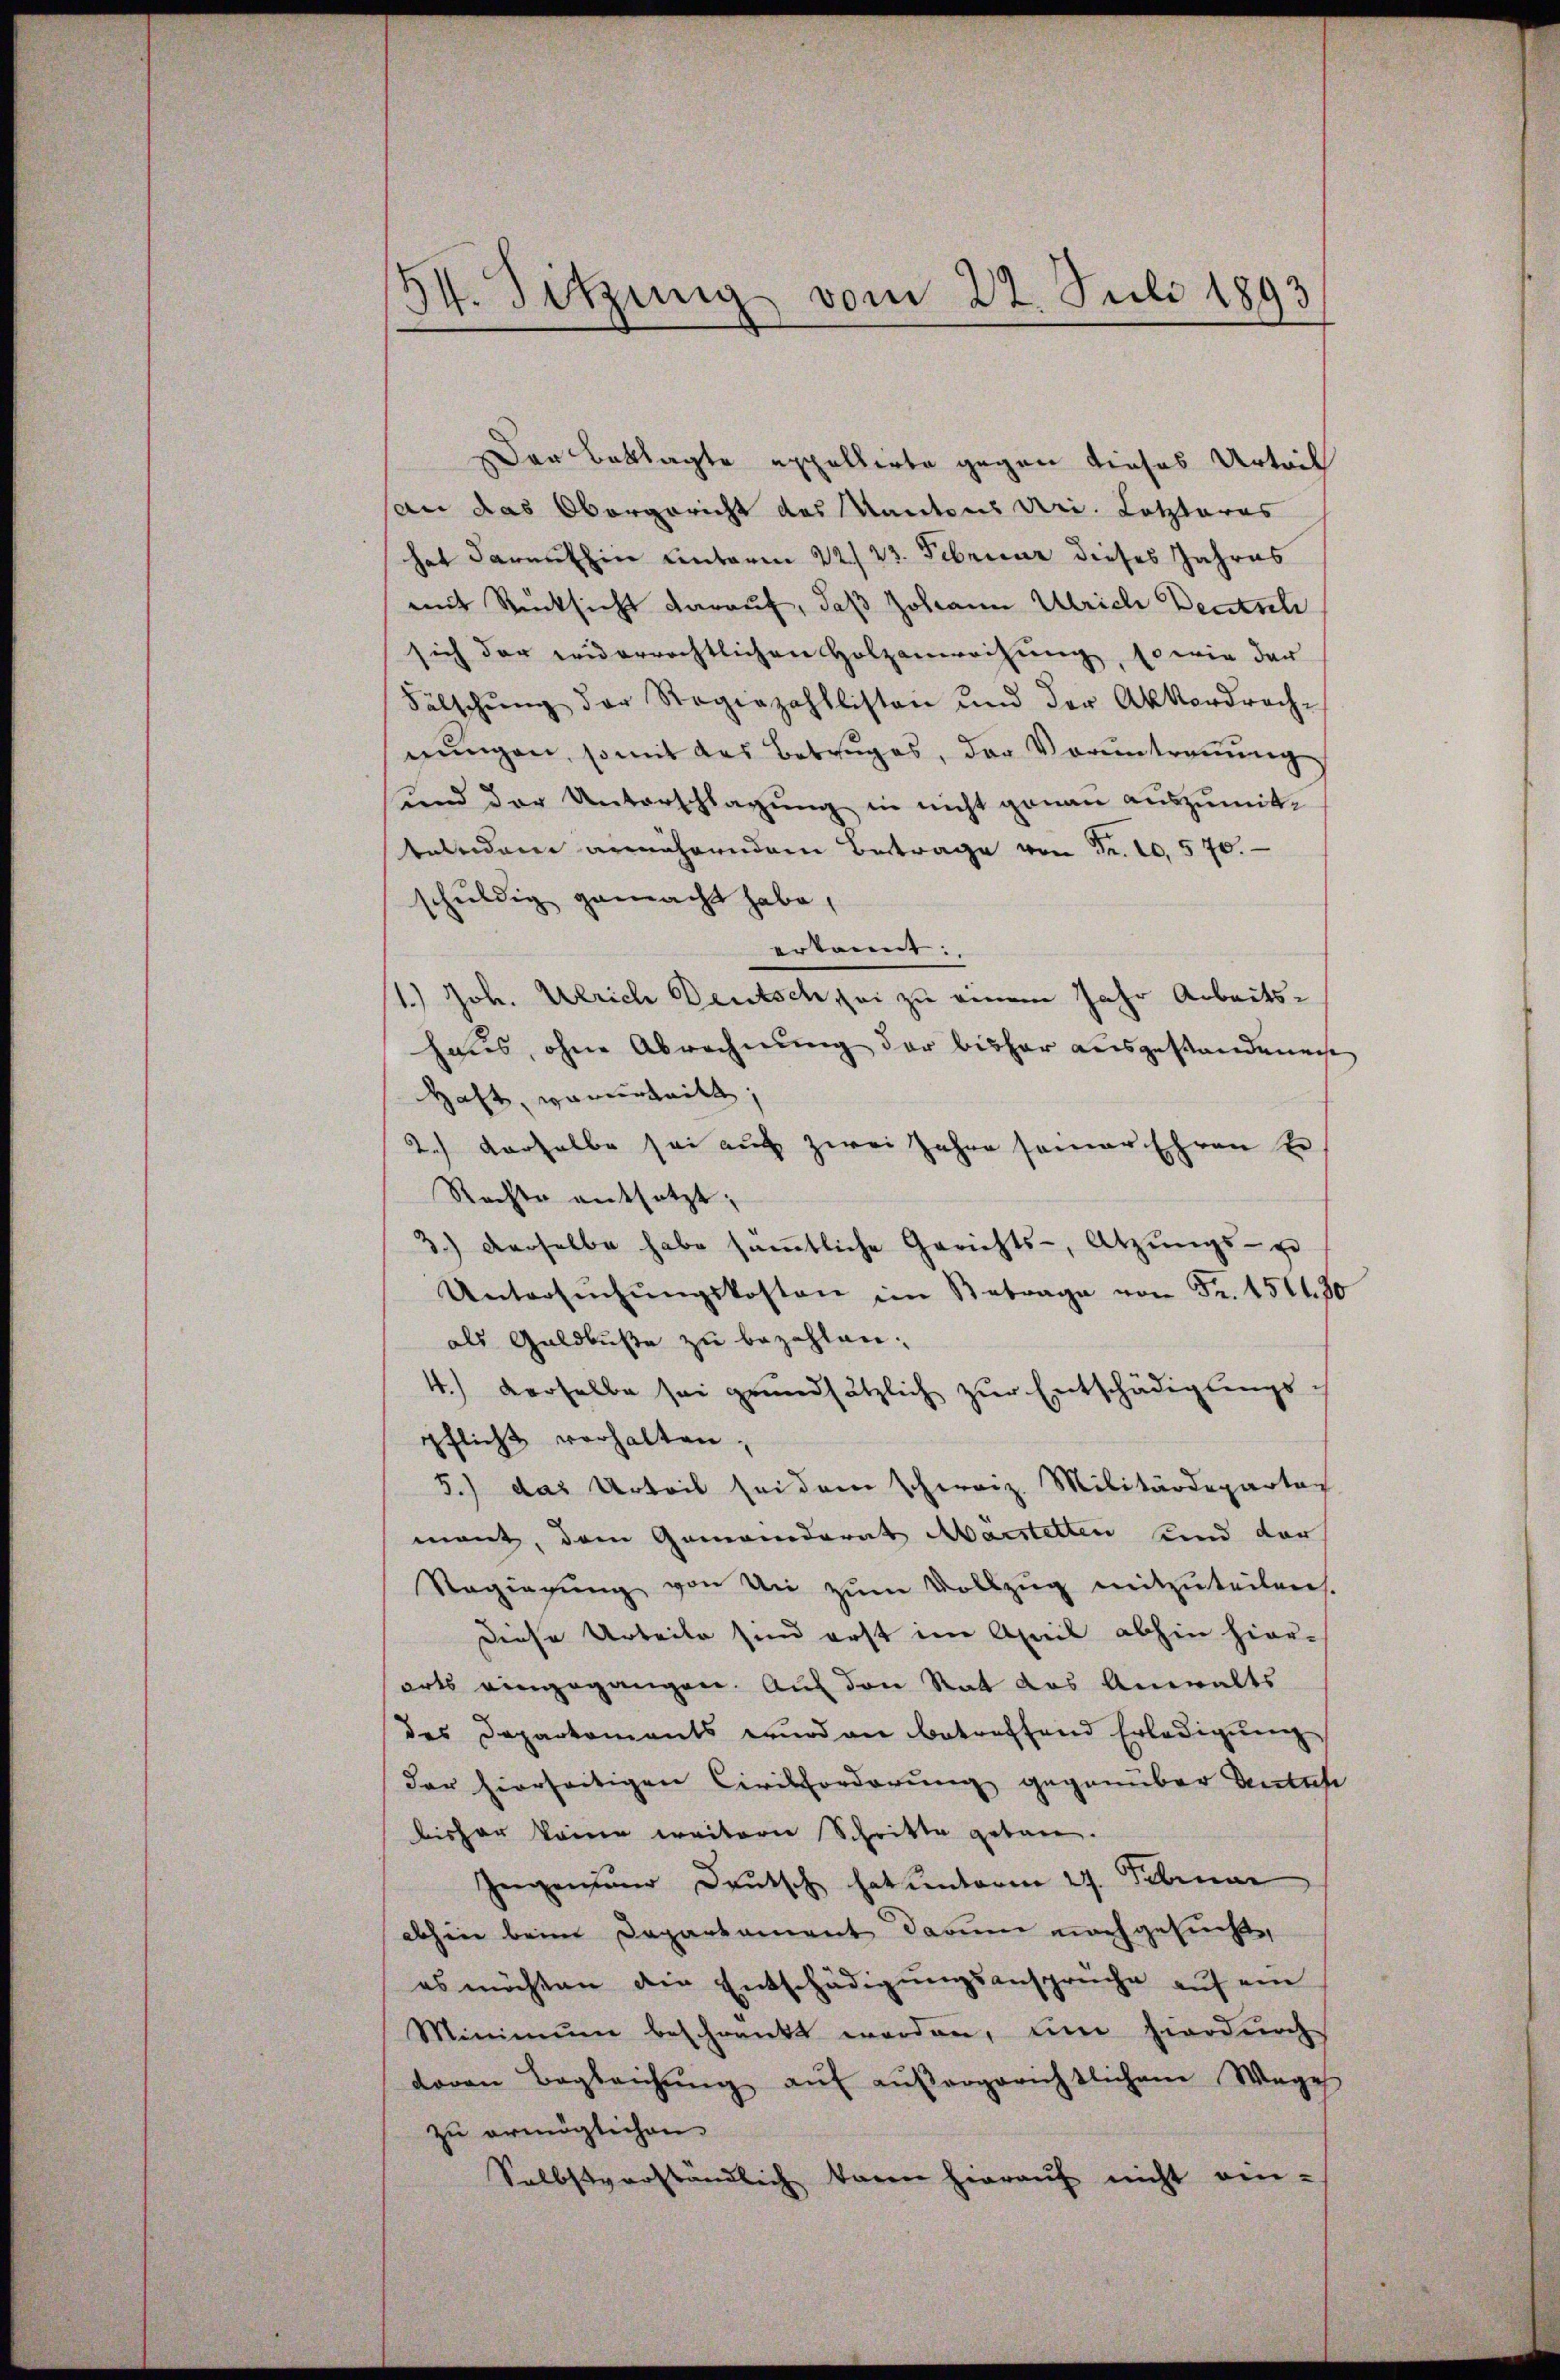
54. Sitzung vom 22. Juli 1893

Der Beklagte appellirte gegen dieses Urteil
san das Obergericht des Kantons Uri. Letzteres
hat daraufhin unterm 22./23. Februar dieses Jahres
mit Rücksicht darauf, daß Johann Ulrich Deutsch
sich der weiderrechtlichen Holzanweihung, so wie der
Fälschŭng der Regiezahllisten und der Akkordrach-
nŭngen, so mit des Betruges, der Voruntreṅŭng
und der Unterschlagung in nicht genau auszumittelndem annährendem Betrage von Fr. 10. 570.
schuldig gemacht habe,
erkannt:
1.) Joh. Ulrich Deutsch sei zu einem Jahr Arbeitshaus, ohne Abrechnung der bisher ausgestandenen
Hast, verurteilt,
2.) Derselbe sei auch zwei Jahre seiner Ehren se
Rechte entsetzt;
3.) Derselbe habe sämtliche Gerichts-, Atzŭngs- u
Untersŭchŭngskosten im Betrage von Fr. 151430
als Geldbuße zu bezahlen.
4.) Derselbe sei grundsätzlich zur Entschädigungs-
pflicht verhalten;
5.) das Urteil sei dem schweiz. Militärdepartag
mant, dem Gemeinderat darstetten sind der
Regierŭng von Un zŭm Vollzŭg mitzŭteilen.
Diese Urteile sind erst im April abhin hierorts eingegangen. Auf den Rat das Anwalts
des Deparkoments wurd an betreffend Erledigung
der hierseitigen Civilforderung gegenüber Deutsch
bishar keine weitern Schritte gebau.
Ienzender Deutsch hat unterm 27. Februar
abhin beim Departement darum nachgesuchte
es möchten die Entschädigungsansprüche auf ein
Minimum beschränkt worden, um hierdurch
davon Begleichŭng aŭf aŭβergerichtlichem Wage
zu ermöglichen.
Selbstverständlich baren hierauf nicht ein-